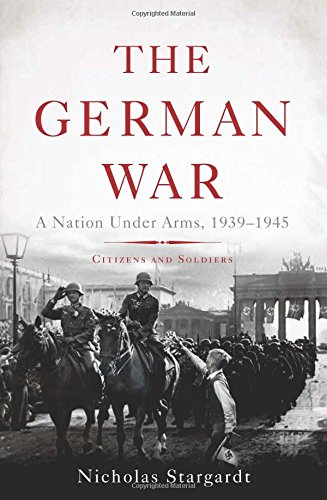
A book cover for The German War: A Nation Under Arms, 1939EE1945; Nicholas Stargardt; History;